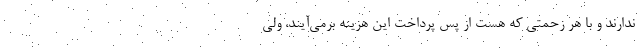
ندارند و با هر زحمتی که هست از پس پرداخت این هزینه برمی‌آیند، ولی